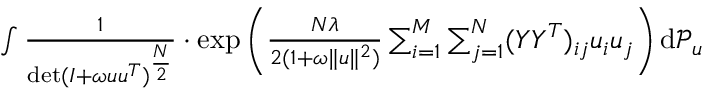
\begin{array} { r l } & { \int \frac 1 { \operatorname* { d e t } ( I + \omega { \boldsymbol u } { \boldsymbol u } ^ { T } ) ^ { \frac { N } { 2 } } } \cdot \exp \left( \frac { N \lambda } { 2 ( 1 + \omega \| { \boldsymbol u } \| ^ { 2 } ) } \sum _ { i = 1 } ^ { M } \sum _ { j = 1 } ^ { N } ( Y Y ^ { T } ) _ { i j } u _ { i } u _ { j } \right) \mathrm { d } { \mathcal P } _ { { \boldsymbol u } } } \end{array}